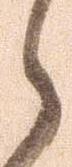
ら